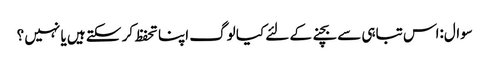
سوال:اس تباہی سے بچنے کے لئے کیا لوگ اپنا تحفظ کر سکتے ہیں یا نہیں ؟